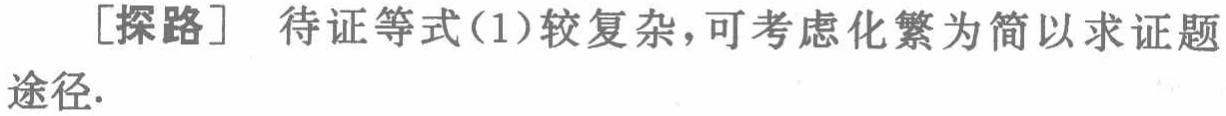
[探路] 待证等式(1)较复杂，可考虑化繁为简以求证题途径.